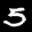
Label: 5